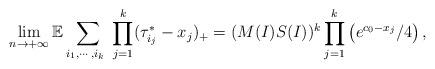
LaTeX: \begin{align*}&\lim_{n\to+\infty}\mathbb{E}\sum_{i_1,\cdots,i_{k}\ }\prod_{j=1}^k( {\tau}^*_{i_j}-x_j)_+=(M(I)S(I))^k\prod_{j=1}^k\left(e^{c_0-x_j}/4\right),\end{align*}